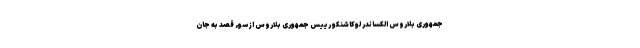
جمهوری بلاروس الکساندر لوکاشنکو رییس جمهوری بلاروس از سوء قصد به جان